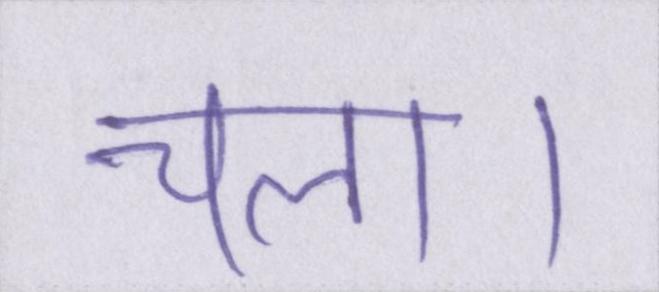
चला।